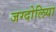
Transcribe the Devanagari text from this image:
जग्दोलिया